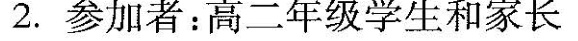
2.参加者：高二年级学生和家长